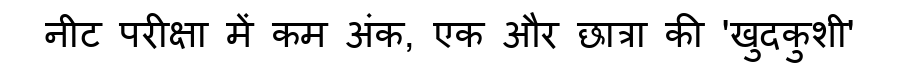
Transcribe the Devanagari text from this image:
नीट परीक्षा में कम अंक, एक और छात्रा की 'खुदकुशी'